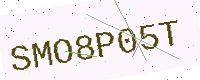
Text: SMO8P05T